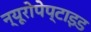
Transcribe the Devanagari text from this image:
न्यूरोपेप्टाइड